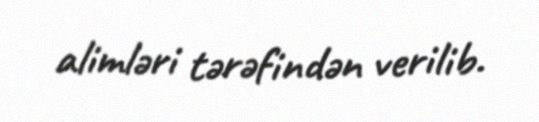
alimləri tərəfindən verilib.